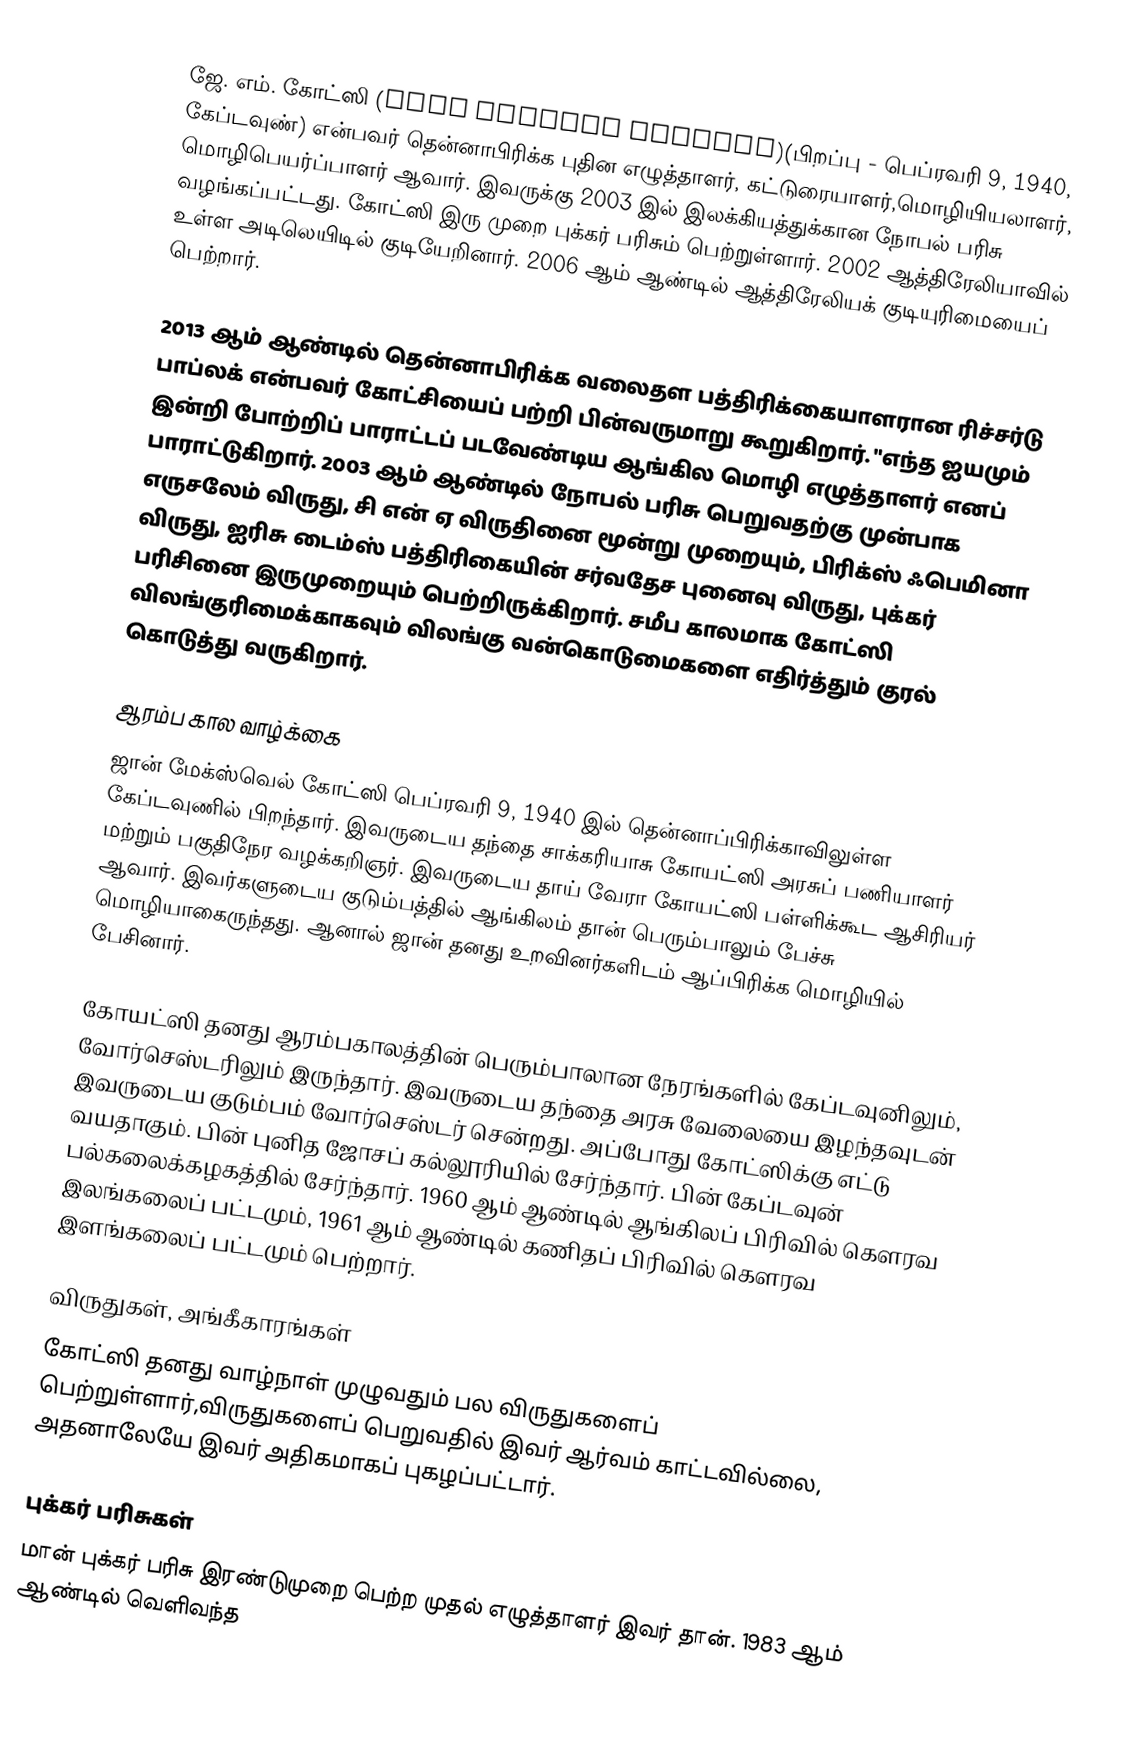
ஜே. எம். கோட்ஸி (John Maxwell Coetzee)(பிறப்பு - பெப்ரவரி 9, 1940, கேப்டவுண்) என்பவர் தென்னாபிரிக்க புதின எழுத்தாளர், கட்டுரையாளர்,மொழியியலாளர், மொழிபெயர்ப்பாளர் ஆவார்.  இவருக்கு 2003 இல் இலக்கியத்துக்கான நோபல் பரிசு வழங்கப்பட்டது. கோட்ஸி இரு முறை புக்கர் பரிசும் பெற்றுள்ளார். 2002 ஆத்திரேலியாவில் உள்ள அடிலெயிடில் குடியேறினார். 2006 ஆம் ஆண்டில் ஆத்திரேலியக் குடியுரிமையைப் பெற்றார்.

2013 ஆம் ஆண்டில் தென்னாபிரிக்க வலைதள பத்திரிக்கையாளரான ரிச்சர்டு பாப்லக் என்பவர் கோட்சியைப் பற்றி பின்வருமாறு கூறுகிறார். "எந்த ஐயமும் இன்றி போற்றிப் பாராட்டப் படவேண்டிய ஆங்கில மொழி எழுத்தாளர் எனப் பாராட்டுகிறார். 2003 ஆம் ஆண்டில் நோபல் பரிசு பெறுவதற்கு முன்பாக எருசலேம் விருது, சி என் ஏ விருதினை மூன்று முறையும், பிரிக்ஸ் ஃபெமினா விருது, ஐரிசு டைம்ஸ் பத்திரிகையின் சர்வதேச புனைவு விருது, புக்கர் பரிசினை இருமுறையும் பெற்றிருக்கிறார். சமீப காலமாக கோட்ஸி விலங்குரிமைக்காகவும் விலங்கு வன்கொடுமைகளை எதிர்த்தும் குரல் கொடுத்து வருகிறார்.

ஆரம்ப கால வாழ்க்கை
ஜான் மேக்ஸ்வெல் கோட்ஸி பெப்ரவரி 9, 1940 இல் தென்னாப்பிரிக்காவிலுள்ள கேப்டவுணில் பிறந்தார். இவருடைய தந்தை சாக்கரியாசு கோயட்ஸி அரசுப் பணியாளர் மற்றும் பகுதிநேர வழக்கறிஞர். இவருடைய தாய் வேரா கோயட்ஸி பள்ளிக்கூட ஆசிரியர் ஆவார். இவர்களுடைய குடும்பத்தில் ஆங்கிலம் தான் பெரும்பாலும்  பேச்சு மொழியாகைருந்தது. ஆனால் ஜான் தனது உறவினர்களிடம் ஆப்பிரிக்க மொழியில் பேசினார்.

கோயட்ஸி தனது ஆரம்பகாலத்தின் பெரும்பாலான நேரங்களில் கேப்டவுனிலும், வோர்செஸ்டரிலும் இருந்தார். இவருடைய தந்தை அரசு வேலையை இழந்தவுடன் இவருடைய குடும்பம் வோர்செஸ்டர் சென்றது. அப்போது கோட்ஸிக்கு எட்டு வயதாகும். பின் புனித ஜோசப் கல்லூரியில் சேர்ந்தார். பின் கேப்டவுன் பல்கலைக்கழகத்தில் சேர்ந்தார். 1960 ஆம் ஆண்டில் ஆங்கிலப் பிரிவில் கௌரவ இலங்கலைப் பட்டமும், 1961 ஆம் ஆண்டில் கணிதப் பிரிவில் கௌரவ இளங்கலைப் பட்டமும் பெற்றார்.

விருதுகள், அங்கீகாரங்கள்
கோட்ஸி தனது வாழ்நாள் முழுவதும் பல விருதுகளைப் பெற்றுள்ளார்,விருதுகளைப் பெறுவதில் இவர் ஆர்வம் காட்டவில்லை, அதனாலேயே இவர் அதிகமாகப் புகழப்பட்டார்.

புக்கர் பரிசுகள்
மான் புக்கர் பரிசு இரண்டுமுறை பெற்ற முதல் எழுத்தாளர் இவர் தான். 1983 ஆம் ஆண்டில் வெளிவந்த